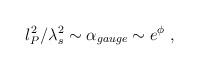
LaTeX: \begin{align*}l_P^2 /\lambda_s^2 \sim \alpha_{gauge} \sim e^{\phi} \; ,\end{align*}